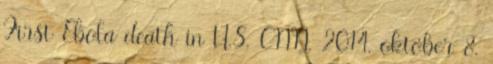
First Ebola death in U.S. CNN, 2014. október 8.